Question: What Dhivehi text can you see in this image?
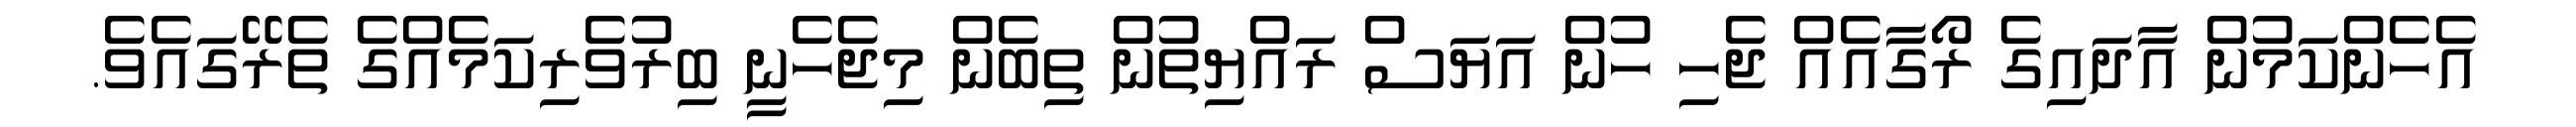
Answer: އެހެންކަމުން އާދައިގެ ރޯގާއެއް ޖެހި ހުން އަޔަސް ރައްޔިތުން ތިބެން މިޖެހެނީ ބިރުވެރިކަމެއްގެ ތެރޭގައެވެ.